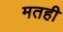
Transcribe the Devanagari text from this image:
मतही